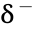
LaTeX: \updelta^{-}